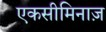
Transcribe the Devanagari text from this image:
एकसीमिनाज़